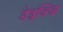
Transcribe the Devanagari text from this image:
हेइक्कि